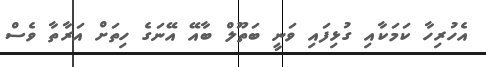
އެހުރިހާ ކަމަކާއި ގުޅިފައި ވަނީ ބަތޫލް ބާއޭ އޭނަގެ ހިތަށް އަރާތާ ވެސް